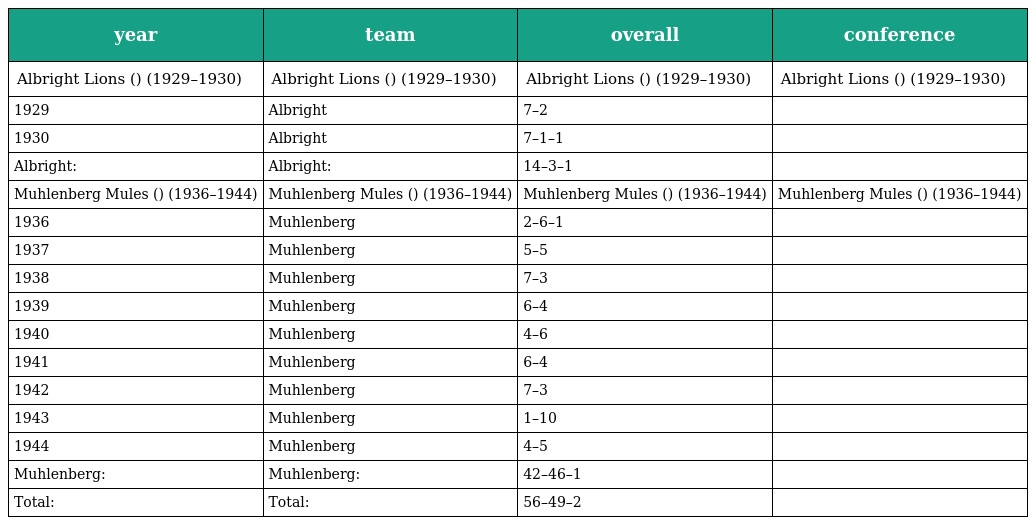
| year | team | overall | conference |
 | --- | --- | --- | --- |
 | Albright Lions () (1929–1930) | Albright Lions () (1929–1930) | Albright Lions () (1929–1930) | Albright Lions () (1929–1930) |
 | 1929 | Albright | 7–2 |  |
 | 1930 | Albright | 7–1–1 |  |
 | Albright: | Albright: | 14–3–1 |  |
 | Muhlenberg Mules () (1936–1944) | Muhlenberg Mules () (1936–1944) | Muhlenberg Mules () (1936–1944) | Muhlenberg Mules () (1936–1944) |
 | 1936 | Muhlenberg | 2–6–1 |  |
 | 1937 | Muhlenberg | 5–5 |  |
 | 1938 | Muhlenberg | 7–3 |  |
 | 1939 | Muhlenberg | 6–4 |  |
 | 1940 | Muhlenberg | 4–6 |  |
 | 1941 | Muhlenberg | 6–4 |  |
 | 1942 | Muhlenberg | 7–3 |  |
 | 1943 | Muhlenberg | 1–10 |  |
 | 1944 | Muhlenberg | 4–5 |  |
 | Muhlenberg: | Muhlenberg: | 42–46–1 |  |
 | Total: | Total: | 56–49–2 |  |